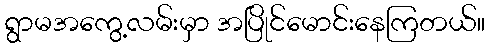
ရွာမအကွေ့လမ်းမှာ အပြိုင်မောင်းနေကြတယ်။